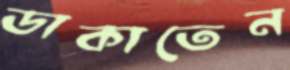
ডাকাতেন